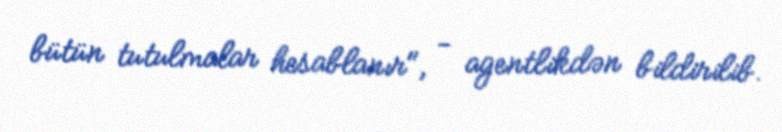
bütün tutulmalar hesablanır", - agentlikdən bildirilib.